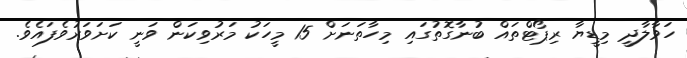
ހަވާލާދީ މިޑީޔާ ރިޕޯޓްތައް ބުނާގޮތުގައި މިހާތަނަށް 15 މީހަކު މަރުވިކަން ވަނީ ކަށަވަރުވެފައެވެ.